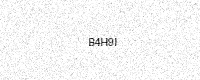
Text: B4H9I